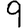
Digit: 9